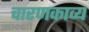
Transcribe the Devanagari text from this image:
चारणकाव्य